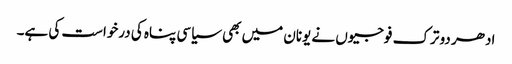
ادھر دو ترک فوجیوں نے یونان میں بھی سیاسی پناہ کی درخواست کی ہے۔